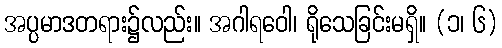
အပ္ပမာဒတရား၌လည်း။ အဂါရဝေါ၊ ရိုသေခြင်းမရှိ။ (၁၊ ၆)